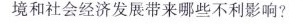
境和社会经济发展带来哪些不利影响?